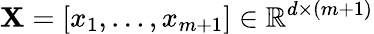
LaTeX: \mathbf{X}=[x_{1},\dots,x_{m+1}]\in\mathbb{R}^{d\times(m+1)}